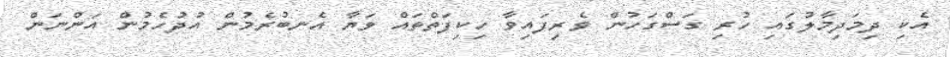
އެކި ދިމަދިމާލުގައި ހުރި ގަސްގަހުން ވެރިފައިވާ ހިކިފަތްތައް ވަޔާ އެނބުރެމުން އުދުހެމުން އަންނަން